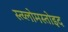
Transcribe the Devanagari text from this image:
स्त्य्लोमस्तोइद